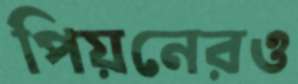
পিয়নেরও